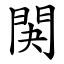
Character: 䦑